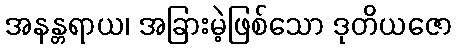
အနန္တရာယ၊ အခြားမဲ့ဖြစ်သော ဒုတိယဇော